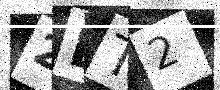
Text: 2LT2